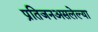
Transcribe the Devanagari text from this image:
प्रतिजनअसलेल्या